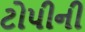
ટોપીની